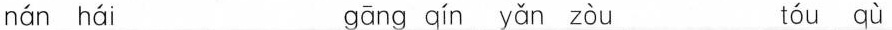
nán hái gāng qín yǎn zòu tóu qù